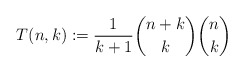
\begin{gather*}T(n,k):={1 \over k+1} {n+k \choose k} {n \choose k}\end{gather*}